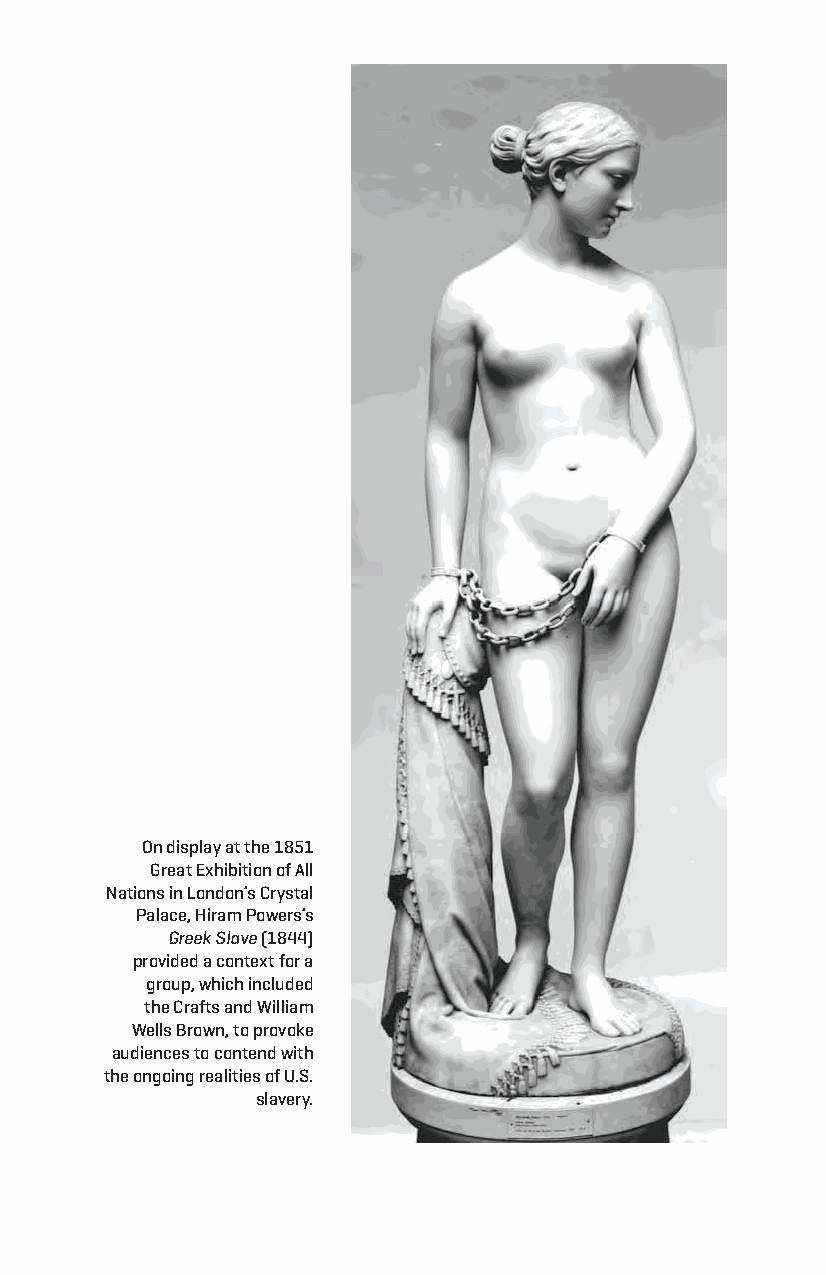
on display at the 1851
 great exhibition of all
 nations in london’s crystal
 Palace, hiram Powers’s
 Greek Slave (1844)
 provided a context for a
 group, which included
 the crafts and William
 Wells Brown, to provoke
 audiences to contend with
 the ongoing realities of u.S.
 slavery.
 Snorton.indd 87                             29/09/2017 8:41:02 AM